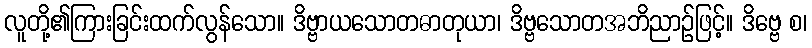
လူတို့၏ကြားခြင်းထက်လွန်သော။ ဒိဗ္ဗာယသောတဓာတုယာ၊ ဒိဗ္ဗသောတအဘိညာဉ်ဖြင့်။ ဒိဗ္ဗေ စ၊